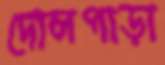
দোলপাড়া